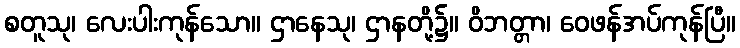
စတူသု၊ လေးပါးကုန်သော။ ဌာနေသု၊ ဌာနတို့၌။ ဝိဘတ္တာ၊ ဝေဖန်အပ်ကုန်ပြီ။